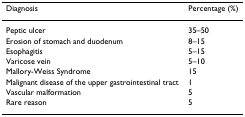
<table><thead><tr><td><b>Diagnosis</b></td><td><b>Percentage (%)</b></td></tr></thead><tbody><tr><td>Peptic ulcer</td><td>35–50</td></tr><tr><td>Erosion of stomach and duodenum</td><td>8–15</td></tr><tr><td>Esophagitis</td><td>5–15</td></tr><tr><td>Varicose vein</td><td>5–10</td></tr><tr><td>Mallory-Weiss Syndrome</td><td>15</td></tr><tr><td>Malignant disease of the upper gastrointestinal tract</td><td>1</td></tr><tr><td>Vascular malformation</td><td>5</td></tr><tr><td>Rare reason</td><td>5</td></tr></tbody></table>